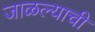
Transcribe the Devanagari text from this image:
जाळल्याची